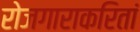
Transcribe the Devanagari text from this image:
रोजगाराकरितां